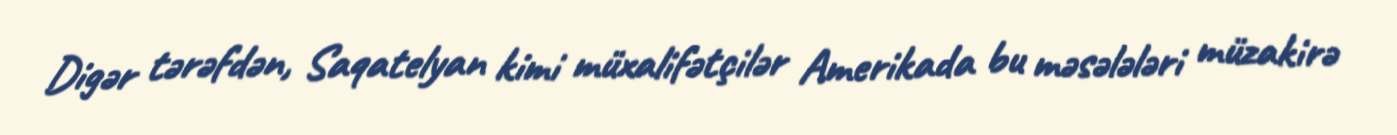
Digər tərəfdən, Saqatelyan kimi müxalifətçilər Amerikada bu məsələləri müzakirə